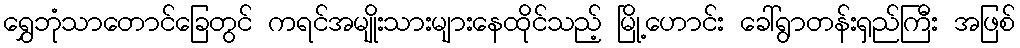
ရွှေဘုံသာတောင်ခြေတွင် ကရင်အမျိုးသားများနေထိုင်သည့် မြို့ဟောင်း ခေါ်ရွာတန်းရှည်ကြီး အဖြစ်